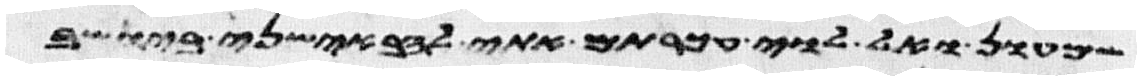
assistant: שמעון ואל לוי עכרתם אתי להבאשני ביושב